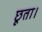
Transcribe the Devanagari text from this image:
छूता।